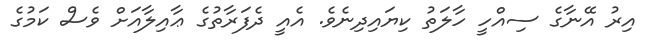
އިރު އޭނާގެ ސިއްހީ ހާލަތު ކިޔައިދިނެވެ. އެއީ ދެފަރާތުގެ ޢާއިލާއަށް ވެސް ކަމުގެ